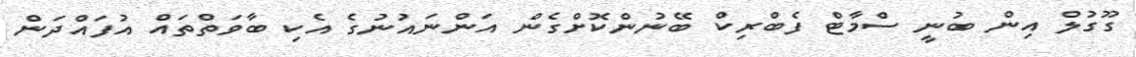
ގޫގުލް އިން ބުނީ ސްމާޓް ފެބްރިކް ބޭނުންކޮށްގެން އަންނައުނުގެ އެކި ބާވަތްތައް އުފައްދަން